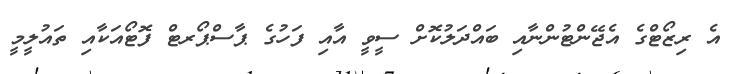
އެ ރިޒޯޓްގެ އެޖޭންޓުންނާއި ބައްދަލުކޮށް ސީވީ އާއި ފަހުގެ ޕާސްޕޯރޓް ފޮޓޯއަކާއި ތައުލީމީ